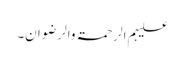
علیہم الرحمۃ والرضوان۔